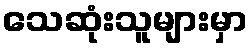
သေဆုံးသူများမှာ